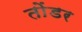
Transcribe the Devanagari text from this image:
तोंडर